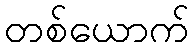
တစ်ယောက်